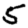
Digit: 5